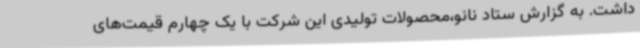
داشت. به گزارش ستاد نانو،محصولات تولیدی این شرکت با یک چهارم قیمت‌های